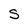
Character: S